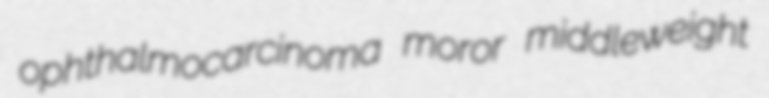
ophthalmocarcinoma moror middleweight